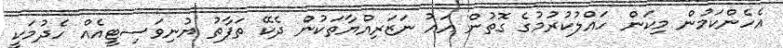
އެހެންކަމުން މިކަން ހައްލުކުރުމުގެ ގޮތުން އައު ނަޒަރިއްޔާތަކުން ދެކޭ ތަފާތު ޔުނިވަސިޓީއެއް ހެދުމަކީ